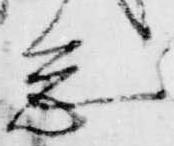
怠